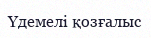
Үдемелі қозғалыс